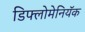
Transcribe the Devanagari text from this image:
डिफ्लोमेनियॅक